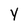
Character: Y